Sketch of the medical history of the native army of Bombay, for the year
Year: 1875
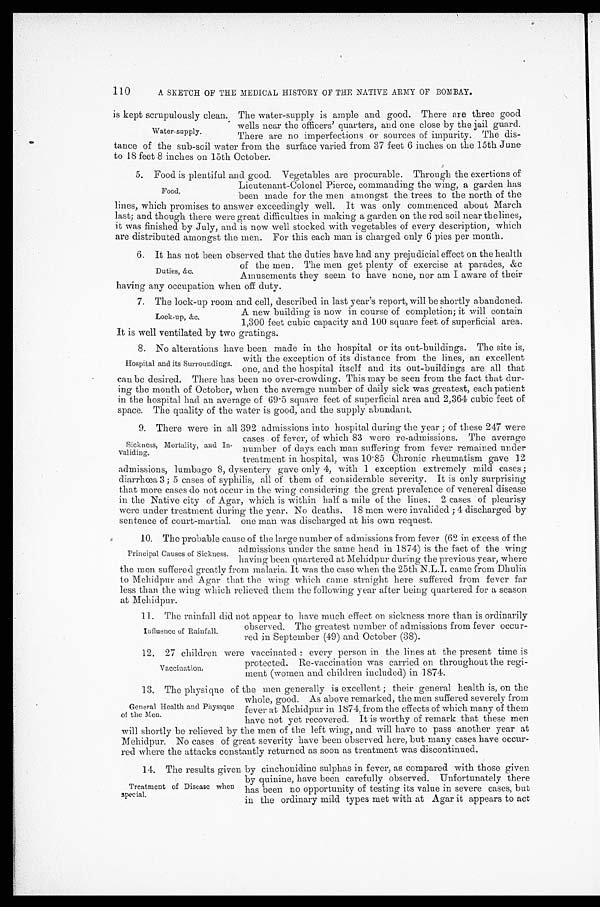
A SKETCH OF THE MEDICAL HISTORY OF THE NATIVE ARMY OF BOMBAY.
The water-supply is ample and good. There are three good
wells near the officers' quarters, and one close by the jail guard.
There are no imperfections or sources of impurity. The dis
-
tance of the sub-soil water from the surface varied from 37 feet 6 inches on the 15th June
to 18 feet 8 inches on 15th October.
5. Food is plentiful and good. Vegetables are procurable. Through the exertions of
Lieutenant-Colonel Pierce, commanding the wing, a garden has
been made for the men amongst the trees to the north of the
lines, which promises to answer exceedingly well. It was only commenced about March
last; and though there were great difficulties in making a garden on the red soil near thelines,
it was finished by July, and is now well stocked with vegetables of every description, which
are distributed amongst the men. For this each man is charged only 6 pies per month.
6 . I t h a s n o t b e e n o b s e r v e d t h a t t h e d u t i e s h a v e h a d a n y p r e j u d i c i a l e f f e c t o n t h e h e a l t h
of the men. The men get plenty of exercise at parades, &c
Amusements they seem to have none, nor am I aware of their
having any occupation when off duty.
7 . T h e l o c k - u p r o o m a n d c e l l , d e s c r i b e d i n l a s t y e a r ' s r e p o r t , w i l l b e s h o r t l y a b a n d o n e d .
A new building is now in course of completion; it will contain
1,300 feet cubic capacity and 100 square feet of superficial area.
It is well ventilated by two gratings.
8. No alterations have been made in the hospital or its out-buildings. The site is,
with the exception of its distance from the lines, an excellent
one, and the hospital itself and its out-buildings are all that
can be desired. There has been no over-crowding. This may be seen from the fact that dur
-
ing the month of October, when the average number of daily sick was greatest, each patient
in the hospital had an average of 69.5 square feet of superficial area and 2,364 cubic feet of
space. The quality of the water is good, and the supply abundant.
9. There were in all 392 admissions into hospital during the year; of these 247 were
cases of fever, of which 83 were re-admissions. The average
number of days each man suffering from fever remained under
treatment in hospital, was 10.85 Chronic rheumatism gave 12
admissions, lumbago 8, dysentery gave only 4, with 1 exception extremely mild cases;
diarrhœa 3; 5 cases of syphilis, all of them of considerable severity. It is only surprising
that more cases do not occur in the wing considering the great prevalence of venereal disease
in the Native city of Agar, which is within half a mile of the lines. 2 cases of pleurisy
were under treatment during the year. No deaths. 18 men were invalided; 4 discharged by
sentence of court-martial. one man was discharged at his own request.
10. The probable cause of the large number of admissions from fever (62 in excess of the
admissions under the same head in 1874) is the fact of the wing
having been quartered at Mehidpur during the previous year, where
the men suffered greatly from malaria. It was the case when the 25th N.L.I. came from Dhulia
to Mehidpur and Agar that the wing which came straight here suffered from fever far
less than the wing which relieved them the following year after being quartered for a season
at Mehidpur.
1 1 . T h e r a i n f a l l d i d n o t a p p e a r t o h a v e m u c h e f f e c t o n s i c k n e s s m o r e t h a n i s o r d i n a r i l y
observed. The greatest number of admissions from fever occur
-
red in September (49) and October (38).
1 2 . 2 7 c h i l d r e n w e r e v a c c i n a t e d : e v e r y p e r s o n i n t h e l i n e s a t t h e p r e s e n t t i m e i s
protected. Re-vaccination was carried on throughout the regi
-
ment (women and children included) in 1874.
13. The physique of the men generally is excellent; their general health is, on the
whole, good. As above remarked, the men suffered severely from
fever at Mehidpur in 1874, from the effects of which many of them
have not yet recovered. It is worthy of remark that these men
will shortly be relieved by the men of the left wing, and will have to pass another year at
Mehidpur. No cases of great severity have been observed here, but many cases have occur
-
red where the attacks constantly returned as soon as treatment was discontinued.
1 4 . T h e r e s u l t s g i v e n b y c i n c h o n i d i n e s u l p h a s i n f e v e r , a s c o m p a r e d w i t h t h o s e g i v e n
by quinine, have been carefully observed. Unfortunately there
has been no opportunity of testing its value in severe cases, but
in the ordinary mild types met with at Agar it appears to act
is kept scrupulously clean.
Water-supply.
Food.
Duties, &c.
Lock-up, &c.
Hospital and its Surroundings.
Sickness, Mortality, and In
-
validing.
Principal Causes of Sickness.
Influence of Rainfall.
Vaccination.
General Health and Physique
of the Men.
Treatment of Disease when
special.